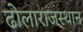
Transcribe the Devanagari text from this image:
ढोलाराजस्थान